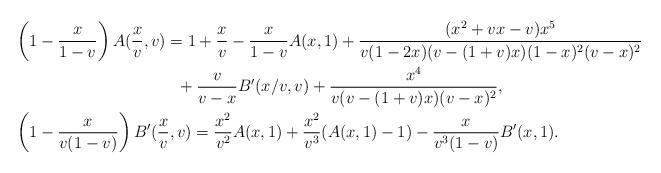
LaTeX: \begin{align*}&\left(1-\frac{x}{1-v}\right)A(\frac{x}{v},v)=1+\frac{x}{v}-\frac{x}{1-v}A(x,1)+\frac{(x^2+vx-v)x^5}{v(1-2x)(v-(1+v)x)(1-x)^2(v-x)^2}\\&\qquad\qquad\qquad\qquad\qquad+\frac{v}{v-x}B'(x/v,v)+\frac{x^4}{v(v-(1+v)x)(v-x)^2},\\&\left(1-\frac{x}{v(1-v)}\right)B'(\frac{x}{v},v)=\frac{x^2}{v^2}A(x,1)+\frac{x^2}{v^3}(A(x,1)-1)-\frac{x}{v^3(1-v)}B'(x,1).\end{align*}